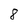
Character: 8